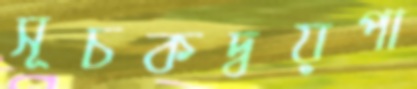
সূচকদ্বয়পা